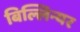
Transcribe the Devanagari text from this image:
बिल्लिन्यर